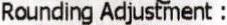
ROUNDING ADJUSTMENT :